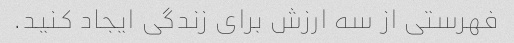
فهرستی از سه ارزش برای زندگی ایجاد کنید.